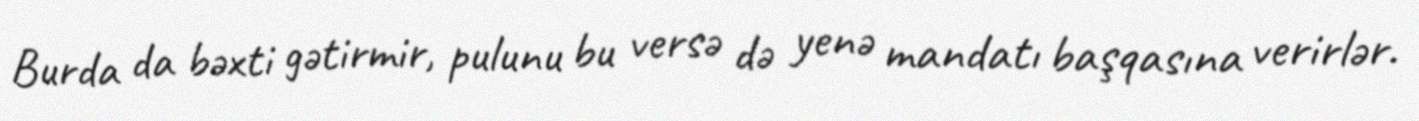
Burda da bəxti gətirmir, pulunu bu versə də yenə mandatı başqasına verirlər.